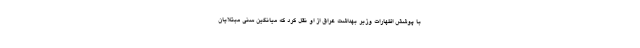
با پوشش اظهارات وزیر بهداشت عراق از او نقل کرد که میانگین سنی مبتلایان